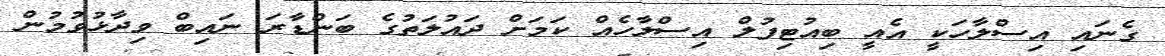
ގެނައި އިސްލާހަކީ އެއީ ބިއުޓިފުލް އިސްލާހެއް ކަމަށް ދައުލަތުގެ ބަންޑާރަ ނައިބް ވިދާޅުވުމުން